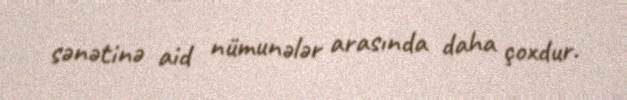
sənətinə aid nümunələr arasında daha çoxdur.